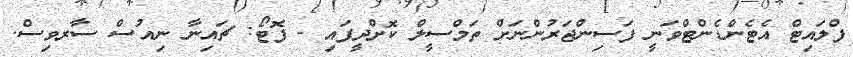
ފްލައިޓް އެޓެންޑެންޓްވަނީ ފަސިންޖަރުންނަށް ތަމްސީލް ކޮށްދީފައި - ފޮޓޯ: ޗައިނާ ނިއުސް ސާރވިސް.